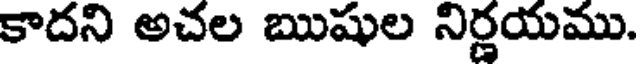
కాదని అచల ఋషుల నిర్ణయము.